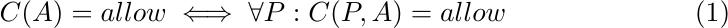
\begin{equation}
	C(A) = allow \iff \forall P: C(P, A) = allow
\end{equation}